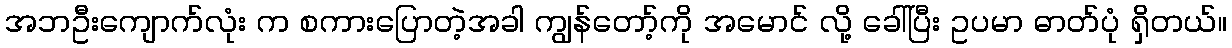
အဘဦးကျောက်လုံး က စကားပြောတဲ့အခါ ကျွန်တော့်ကို အမောင် လို့ ခေါ်ပြီး ဥပမာ ဓာတ်ပုံ ရှိတယ်။